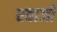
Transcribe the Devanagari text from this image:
रवाजों